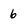
Character: 6